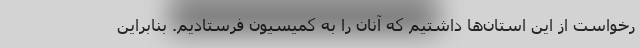
رخواست از این استان‌ها داشتیم که آنان را به کمیسیون فرستادیم. بنابراین